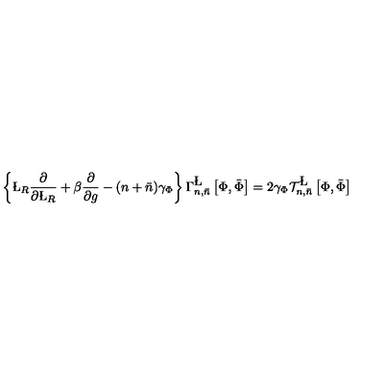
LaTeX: \left\{ \L _ { R } \frac { \partial } { \partial \L _ { R } } + \beta \frac { \partial } { \partial g } - ( n + \bar { n } ) \gamma _ { \Phi } \right\} \Gamma _ { n , \bar { n } } ^ { \L } \left[ \Phi , \bar { \Phi } \right] = 2 \gamma _ { \Phi } { \cal T } _ { n , \bar { n } } ^ { \L } \left[ \Phi , \bar { \Phi } \right]